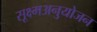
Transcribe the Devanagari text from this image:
सूक्ष्मअनुयोजन